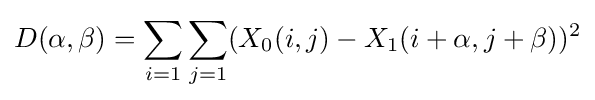
D(\alpha ,\beta )=\sum _{i=1}\sum _{j=1}(X_{0}(i,j)-X_{1}(i+\alpha ,j+\beta ))^{2}